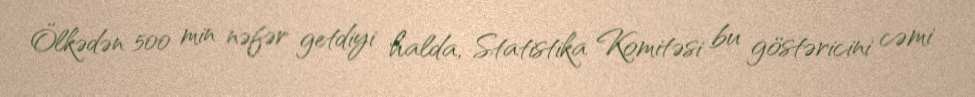
Ölkədən 500 min nəfər getdiyi halda, Statistika Komitəsi bu göstəricini cəmi